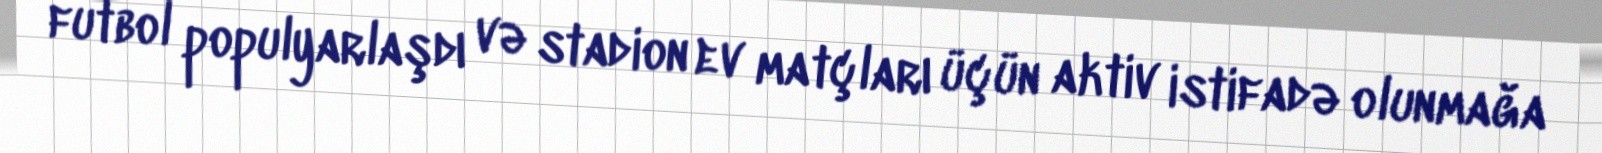
futbol populyarlaşdı və stadion ev matçları üçün aktiv istifadə olunmağa